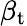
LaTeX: \beta_{\mathrm{t}}